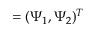
{ \bf { \Psi } } = ( \Psi _ { 1 } , \Psi _ { 2 } ) ^ { T }